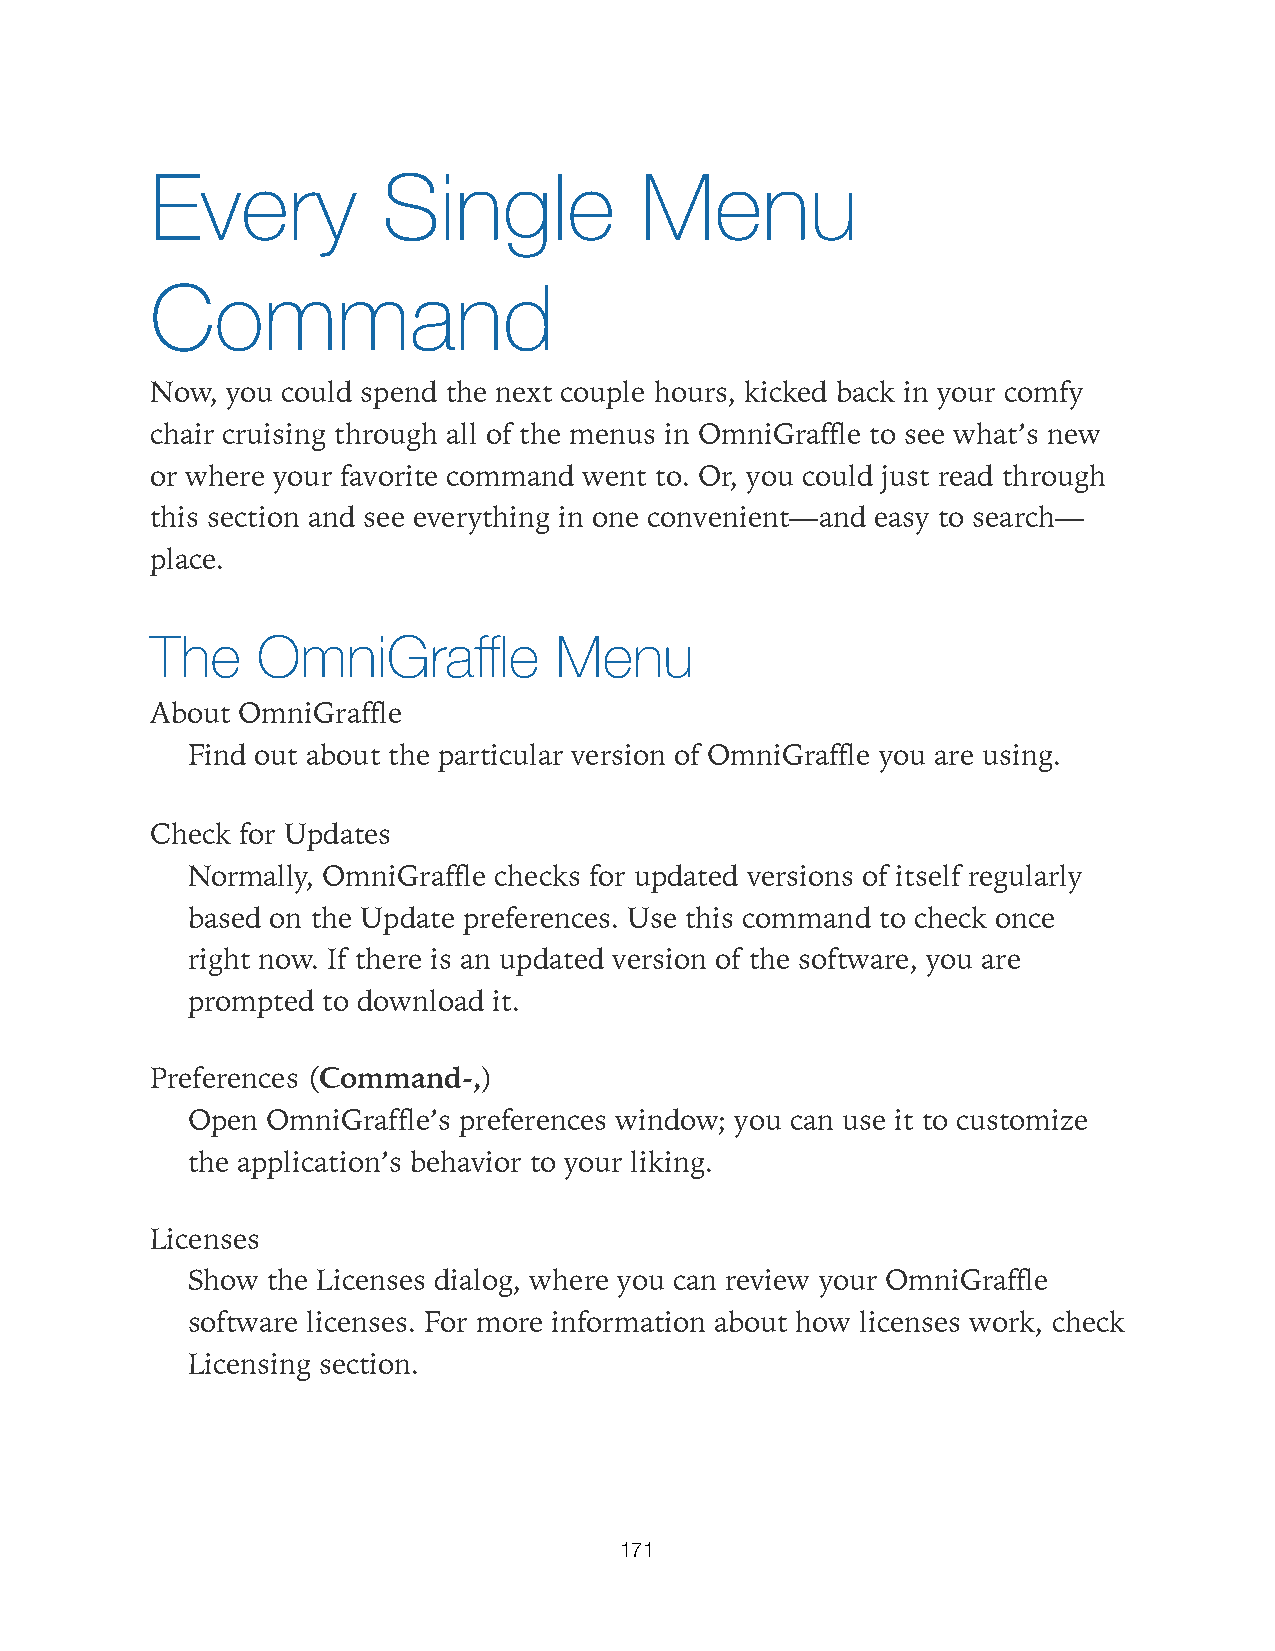
Every          Single           Menu
 Command
 Now, you could spend the next couple hours, kicked back in your comfy
 chair cruising through all of the menus in OmniGraffle to see what’s new
 or where your favorite command went to. Or, you could just read through
 this section and see everything in one convenient—and easy to search—
 place.
 The    OmniGraffle         Menu
 About OmniGraffle
 Find out about the particular version of OmniGraffle you are using.
 Check for Updates
 Normally, OmniGraffle checks for updated versions of itself regularly
 based on the Update preferences. Use this command to check once
 right now. If there is an updated version of the software, you are
 prompted to download it.
 Preferences (Command-,)
 Open  OmniGraffle’s preferences window; you can use it to customize
 the application’s behavior to your liking.
 Licenses
 Show  the Licenses dialog, where you can review your OmniGraffle
 software licenses. For more information about how licenses work, check
 Licensing section.
 171